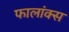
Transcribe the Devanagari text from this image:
फालांक्स